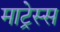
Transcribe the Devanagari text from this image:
माट्रेस्स